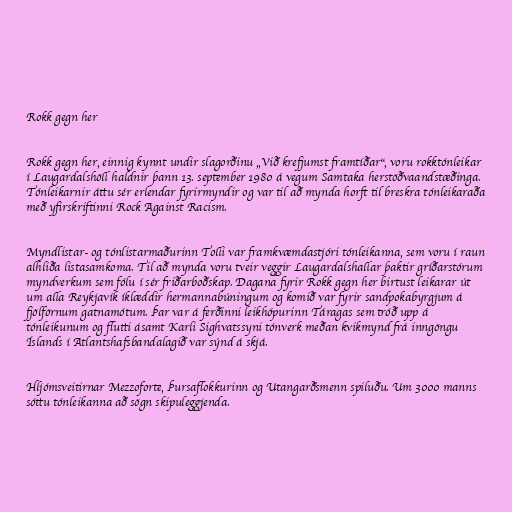
Rokk gegn her

Rokk gegn her, einnig kynnt undir slagorðinu „Við krefjumst framtíðar“, voru rokktónleikar
í Laugardalshöll haldnir þann 13. september 1980 á vegum Samtaka herstöðvaandstæðinga.
Tónleikarnir áttu sér erlendar fyrirmyndir og var til að mynda horft til breskra tónleikaraða
með yfirskriftinni Rock Against Racism.

Myndlistar- og tónlistarmaðurinn Tolli var framkvæmdastjóri tónleikanna, sem voru í raun
alhliða listasamkoma. Til að mynda voru tveir veggir Laugardalshallar þaktir gríðarstórum
myndverkum sem fólu í sér friðarboðskap. Dagana fyrir Rokk gegn her birtust leikarar út
um alla Reykjavík íklæddir hermannabúningum og komið var fyrir sandpokabyrgjum á
fjölförnum gatnamótum. Þar var á ferðinni leikhópurinn Táragas sem tróð upp á
tónleikunum og flutti ásamt Karli Sighvatssyni tónverk meðan kvikmynd frá inngöngu
Íslands í Atlantshafsbandalagið var sýnd á skjá.

Hljómsveitirnar Mezzoforte, Þursaflokkurinn og Utangarðsmenn spiluðu. Um 3000 manns
sóttu tónleikanna að sögn skipuleggjenda.